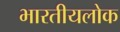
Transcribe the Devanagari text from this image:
भारतीयलोक